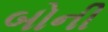
બોની